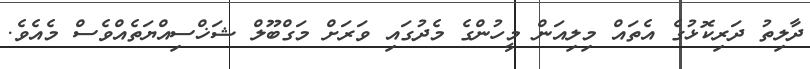
ދާލިތު ދަރިކޮޅުގެ އެތައް މިލިއަން މީހުންގެ މެދުގައި ވަރަށް މަގްބޫލް ޝަޚްސިއްޔަތެއްވެސް މެއެވެ.